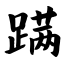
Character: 蹒